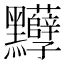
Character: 𪓈